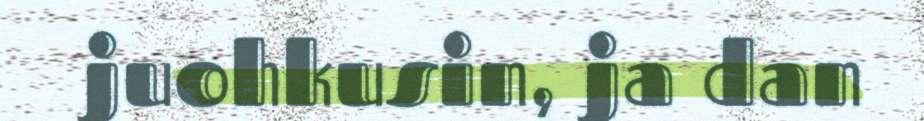
juohkusin, ja dan